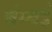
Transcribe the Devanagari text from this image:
बंम्बई